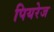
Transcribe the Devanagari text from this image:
पियरेज